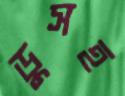
ডুসহ